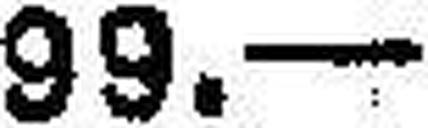
99.—